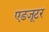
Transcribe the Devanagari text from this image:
एडजूटर